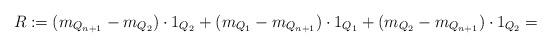
LaTeX: \begin{align*} R:=(m_{Q_{n+1}}- m_{Q_2})\cdot 1_{Q_2}+ (m_{Q_1}-m_{Q_{n+1}})\cdot 1_{Q_1} + (m_{Q_2}-m_{Q_{n+1}})\cdot 1_{Q_2}=\end{align*}